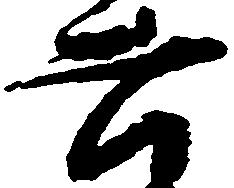
六